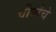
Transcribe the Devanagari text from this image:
चीर्यांचे